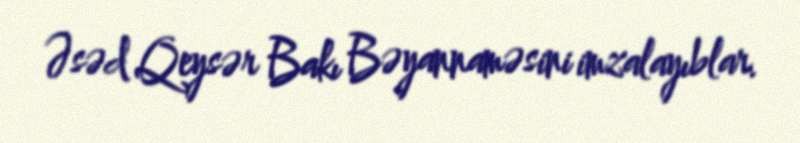
Əsəd Qeysər Bakı Bəyannaməsini imzalayıblar.